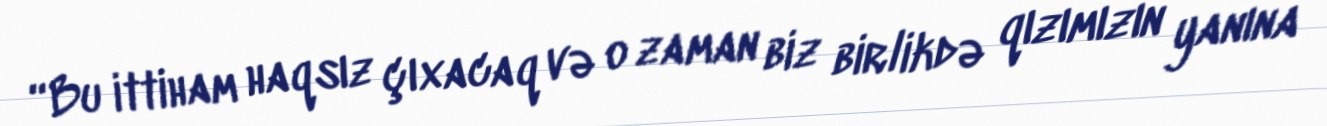
“Bu ittiham haqsız çıxacaq və o zaman biz birlikdə qızımızın yanına